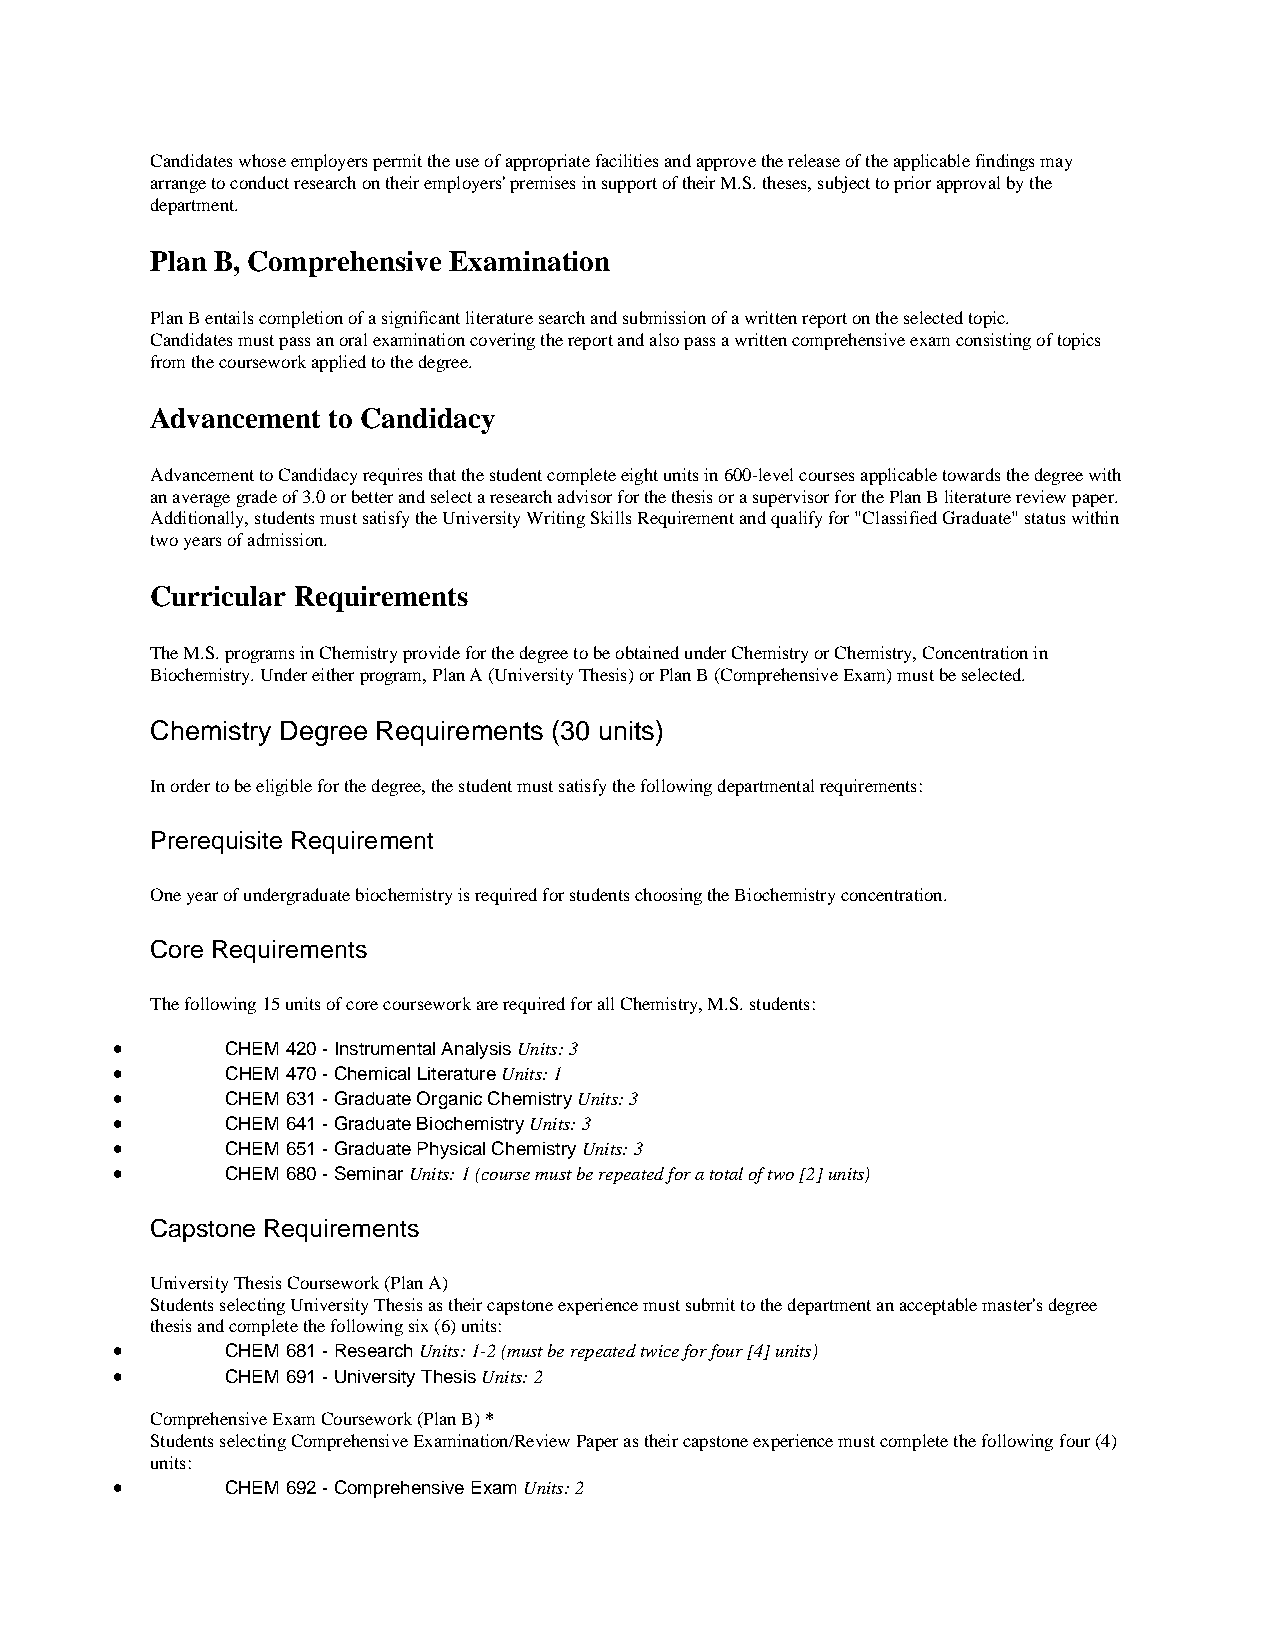
Candidates whose employers permit the use of appropriate facilities and approve the release of the applicable findings may
 arrange to conduct research on their employers' premises in support of their M.S. theses, subject to prior approval by the
 department.
 Plan B, Comprehensive Examination
 Plan B entails completion of a significant literature search and submission of a written report on the selected topic.
 Candidates must pass an oral examination covering the report and also pass a written comprehensive exam consisting of topics
 from the coursework applied to the degree.
 Advancement to Candidacy
 Advancement to Candidacy requires that the student complete eight units in 600-level courses applicable towards the degree with
 an average grade of 3.0 or better and select a research advisor for the thesis or a supervisor for the Plan B literature review paper.
 Additionally, students must satisfy the University Writing Skills Requirement and qualify for "Classified Graduate" status within
 two years of admission.
 Curricular Requirements
 The M.S. programs in Chemistry provide for the degree to be obtained under Chemistry or Chemistry, Concentration in
 Biochemistry. Under either program, Plan A (University Thesis) or Plan B (Comprehensive Exam) must be selected.
 Chemistry Degree Requirements (30 units)
 In order to be eligible for the degree, the student must satisfy the following departmental requirements:
 Prerequisite Requirement
 One year of undergraduate biochemistry is required for students choosing the Biochemistry concentration.
 Core Requirements
 The following 15 units of core coursework are required for all Chemistry, M.S. students:
 •       CHEM 420 - Instrumental Analysis Units: 3
 •       CHEM 470 - Chemical Literature Units: 1
 •       CHEM 631 - Graduate Organic Chemistry Units: 3
 •       CHEM 641 - Graduate Biochemistry Units: 3
 •       CHEM 651 - Graduate Physical Chemistry Units: 3
 •       CHEM 680 - Seminar Units: 1 (course must be repeated for a total of two [2] units)
 Capstone Requirements
 University Thesis Coursework (Plan A)
 Students selecting University Thesis as their capstone experience must submit to the department an acceptable master's degree
 thesis and complete the following six (6) units:
 •       CHEM 681 - Research Units: 1-2 (must be repeated twice for four [4] units)
 •       CHEM 691 - University Thesis Units: 2
 Comprehensive Exam Coursework (Plan B) *
 Students selecting Comprehensive Examination/Review Paper as their capstone experience must complete the following four (4)
 units:
 •       CHEM 692 - Comprehensive Exam Units: 2